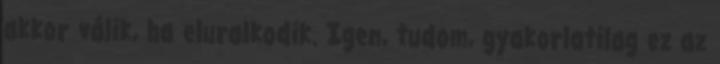
akkor válik, ha eluralkodik. Igen, tudom, gyakorlatilag ez az